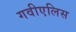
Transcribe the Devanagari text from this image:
गवीएलिस